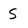
Character: 5